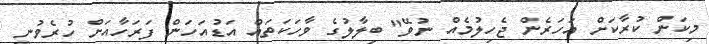
މިކަން ކުރާކަށް އަހަރެން ޖެހިލުމެއް ނުވޭ" ބިލާލުގެ ވާހަކަތައް އަޑުއަހަން ފަރަހާއަށް ހުރެވުނީ